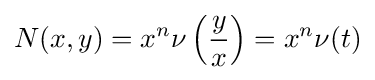
N(x,y)=x^{n}\nu \left({\frac {y}{x}}\right)=x^{n}\nu (t)